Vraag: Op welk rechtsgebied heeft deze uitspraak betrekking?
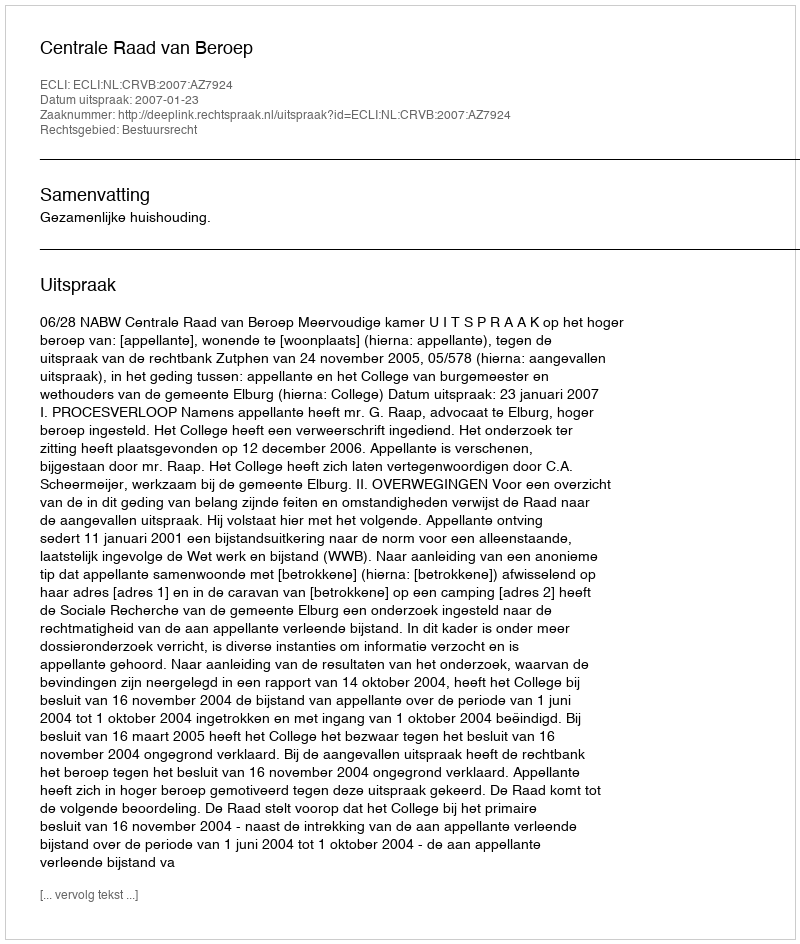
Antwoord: Bestuursrecht